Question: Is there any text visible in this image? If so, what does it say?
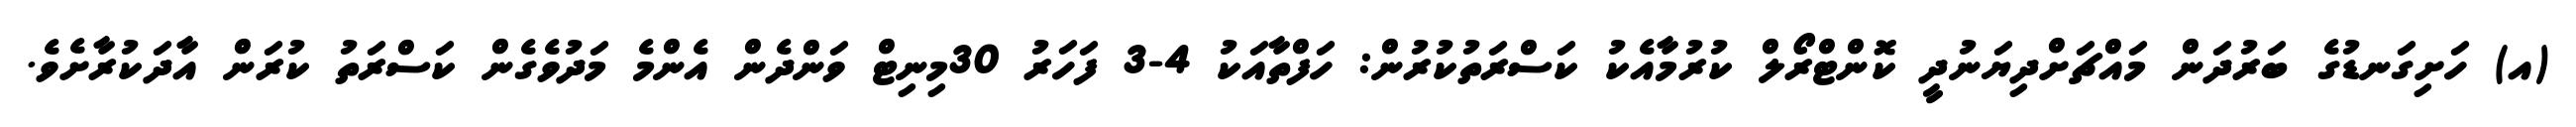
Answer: (އ) ހަށިގަނޑުގެ ބަރުދަން މައްޗަށްދިޔަނުދީ ކޮންޓްރޯލް ކުރުމާއެކު ކަސްރަތުކުރުން: ހަފްތާއަކު 4-3 ފަހަރު 30މިނިޓް ވަންދެން އެންމެ މަދުވެގެން ކަސްރަތު ކުރަން އާދަކުރާށެވެ.